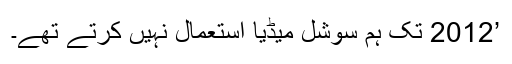
’2012 تک ہم سوشل میڈیا استعمال نہیں کرتے تھے۔